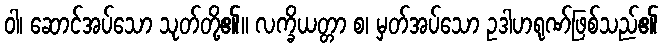
ဝါ၊ ဆောင်အပ်သော သုတ်တို့၏။ လက္ခိယတ္တာ စ၊ မှတ်အပ်သော ဥဒါဟရုဏ်ဖြစ်သည်၏